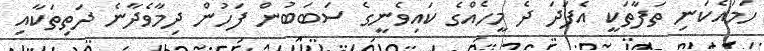
ހަމައެކަނި ތަފާތަކީ އެފަދަ ދެ މީހެއްގެ ކައިވެނީގެ ސަބަބުން ފަހުން ދިމާވެދާނެ ދަތިތަކާއި